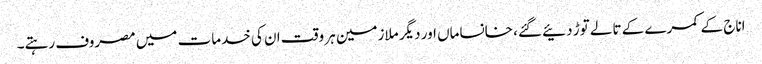
اناج کے کمرے کے تالے توڑ دئیے گئے، خانساماں اور دیگر ملازمین ہر وقت ان کی خدمات میں مصروف رہتے۔